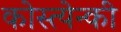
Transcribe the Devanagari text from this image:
कोस्त्येन्की